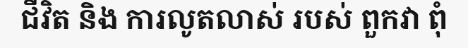
ជីវិត និង ការលូតលាស់ របស់ ពួកវា ពុំ